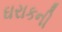
ઘરાકની